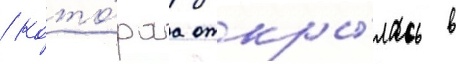
/ кото́раа откры́лась в